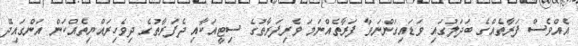
އެއްވެސް ފަރާތެއްގެ ބަދަލުގައި ވަޑައިގަންނަވާ ފަރާތެއްނަމަ ވެރިފަރާތުގެ ސިޓީއަކާއި ދެފަރާތުގެ ދިވެހިރައްޔިތެއްކަން އަންގައިދޭ